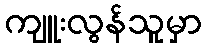
ကျူးလွန်သူမှာ